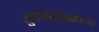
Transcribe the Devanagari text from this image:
कुल्वाकानच्या